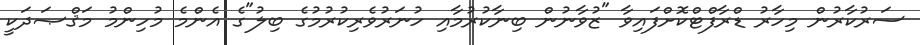
ސަރުކާރުން މިހާރު ޑްރާފްޓްކޮށްފައިވާ "ޒުވާނުން ބިނާކުރުމާއި ހުނަރުވެރިކުރުމުގެ ބިލު"ގެ އެންމެ މުހިންމު މަޤްޞަދަކީ